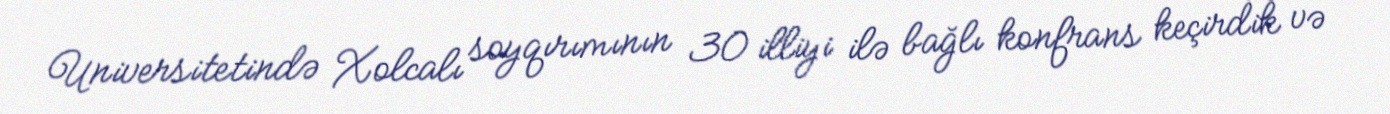
Universitetində Xolcalı soyqırımının 30 illiyi ilə bağlı konfrans keçirdik və